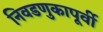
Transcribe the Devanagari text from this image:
निवडणुकापूर्वी